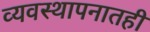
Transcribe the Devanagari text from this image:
व्यवस्थापनातही